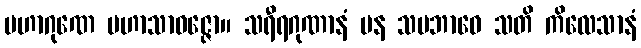
မဟာဂုဏေ မဟာသာဝဇ္ဇော။ သရီရဂုဏာနံ ပန သမဘာဝေ သတိ ကိလေသာနံ